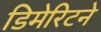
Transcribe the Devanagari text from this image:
डिमेरिटने